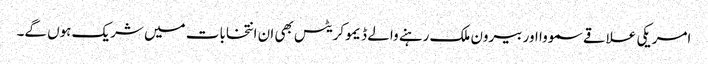
امریکی علاقے سمووا اور بیرون ملک رہنے والے ڈیموکریٹس بھی ان انتخابات میں شریک ہوں گے۔